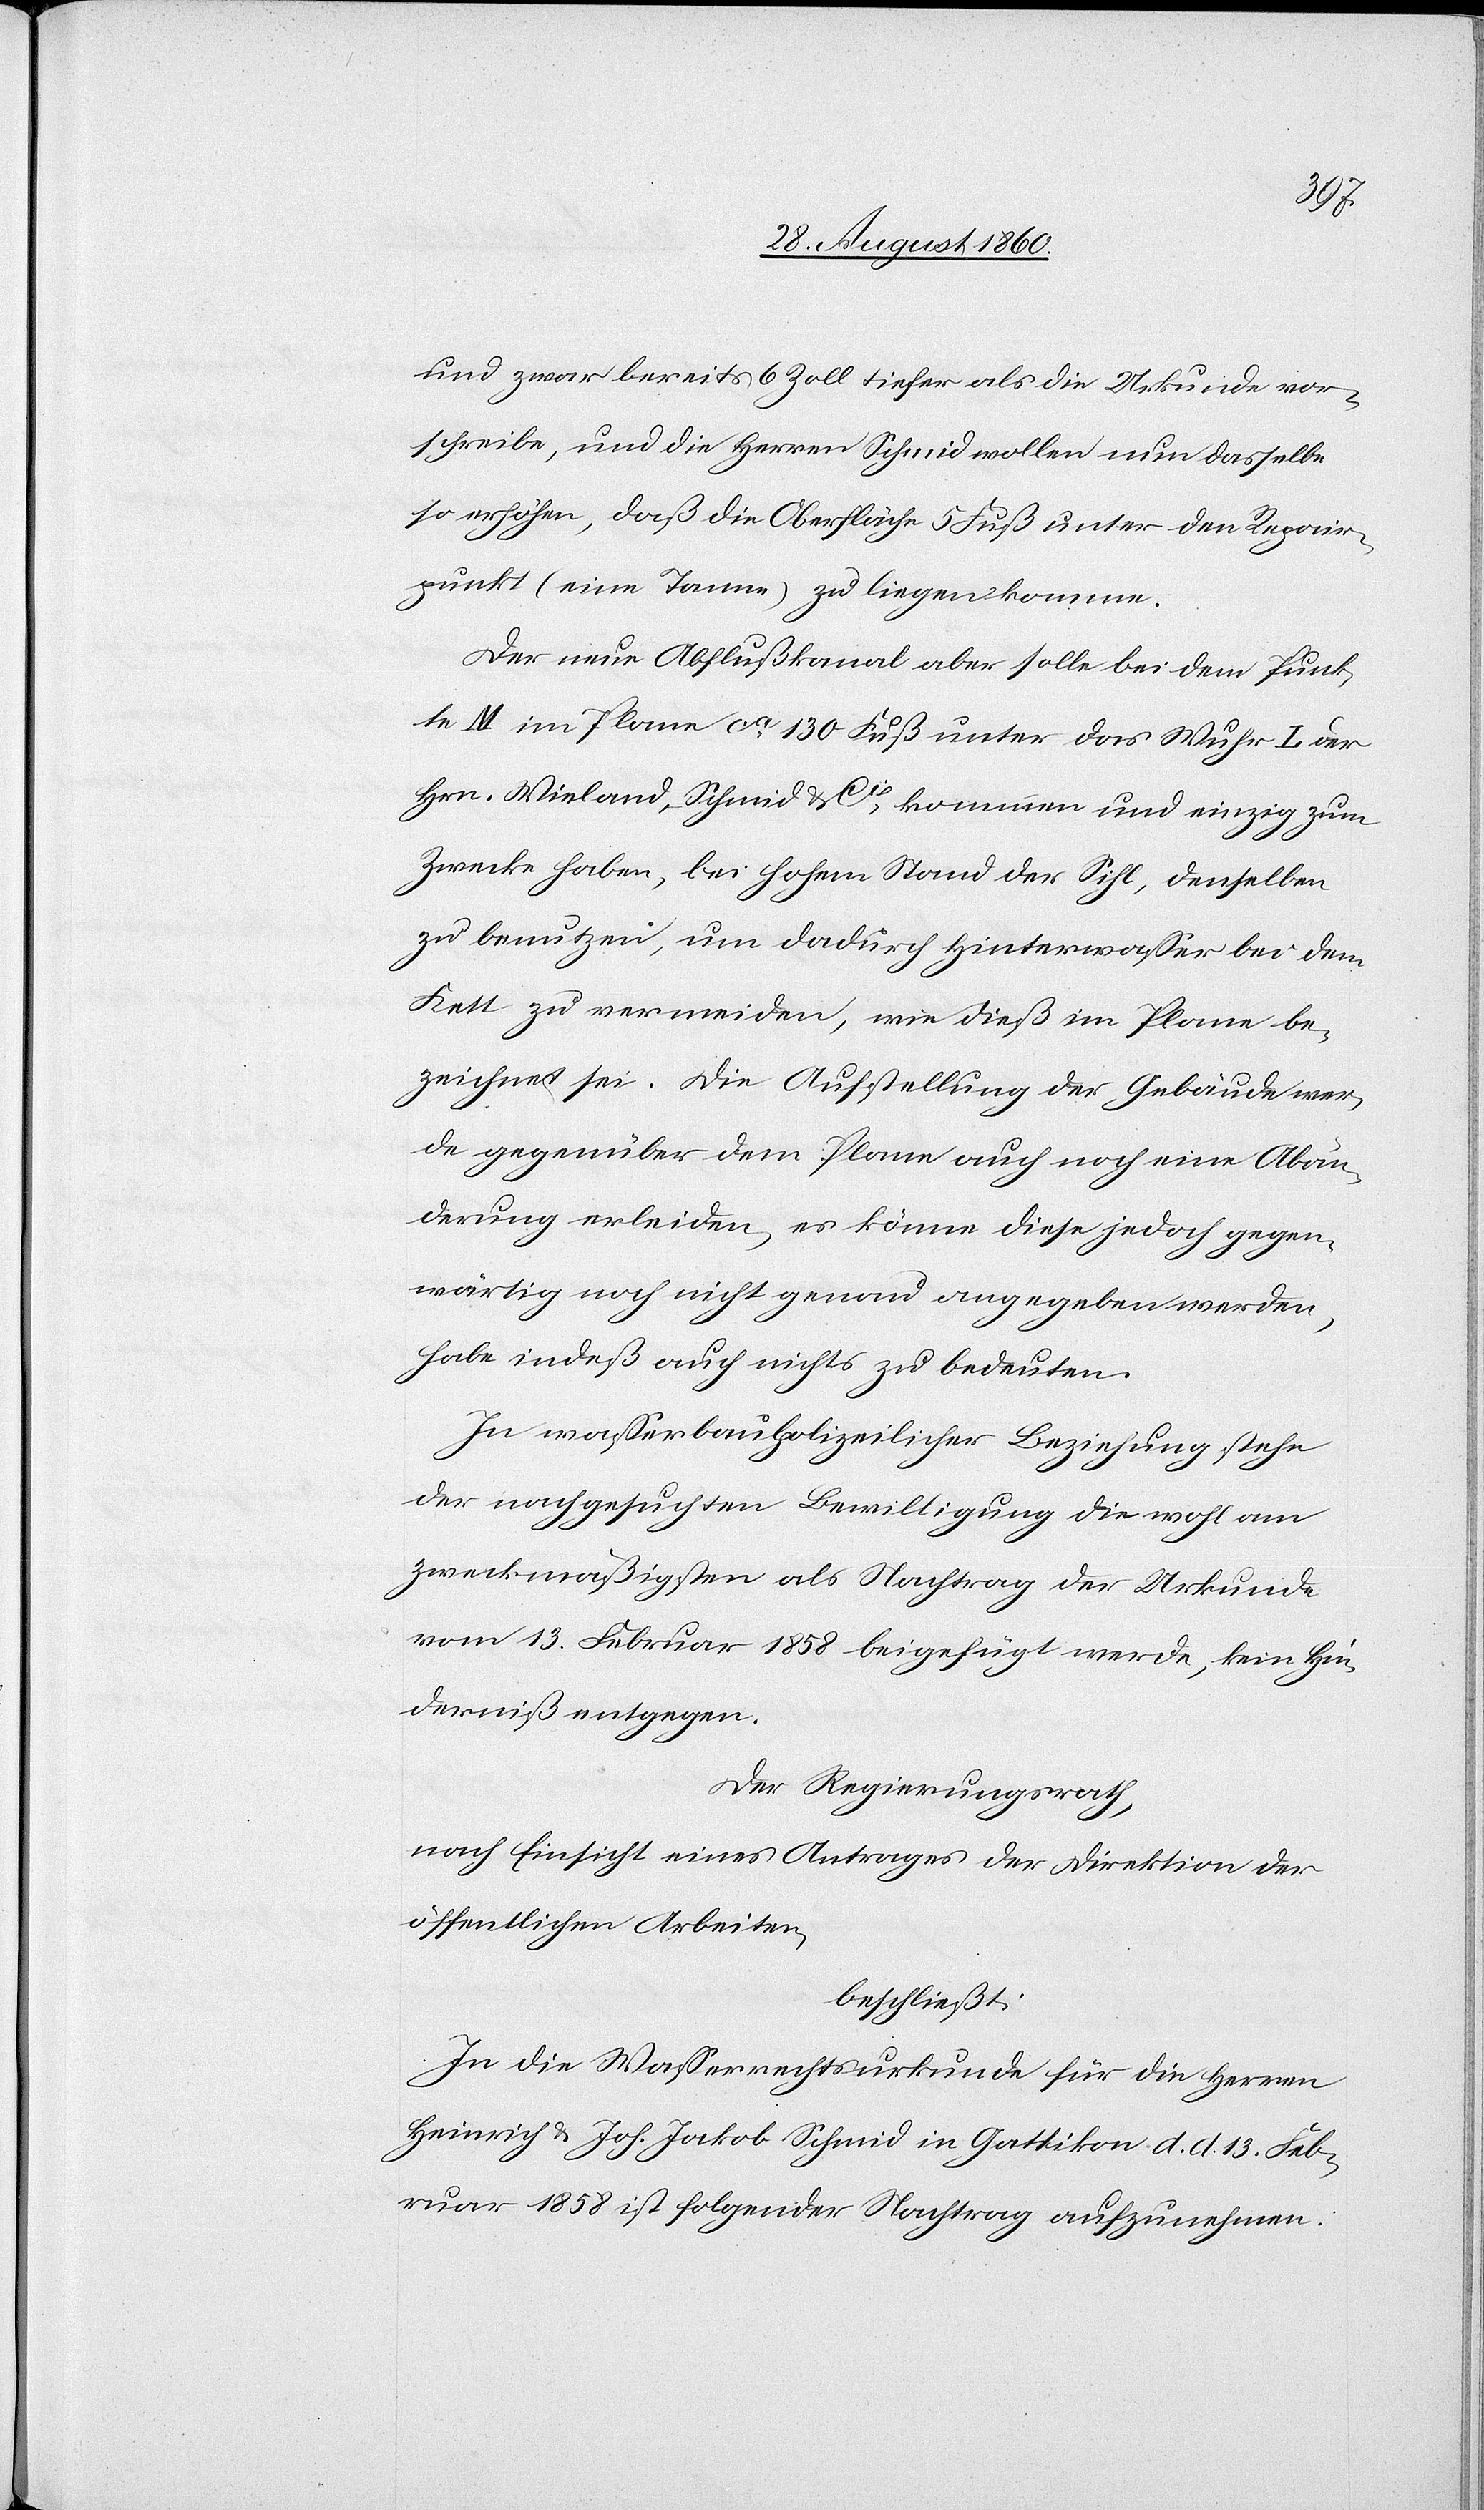
und zwar bereits 6 Zoll tiefer als die Urkunde vor¬
schreibe, und die Hrn. Schmid wollen nun dasselbe
so erhöhen, dass die Oberfläche 5 Fuss unter den Repair¬
punkt (eine Tanne) zu liegen komme;
Der neue Abflusskanal aber solle bei dem Punk¬
te M im Plane ca. 130 Fuss unter das Wuhr I der
Hrn. Wieland, Schmied [sic!] u. Cie kommen u. einzig zum
Zweck haben, bei hohem Stand der Sihl, denselben
zu benutzen, um dadurch Hinterwasser bei dem
Kett zu vermeiden, wie diess im Plane be¬
zeichnet sei. Die Aufstellung der Gebäude wer¬
de gegenüber dem Plane auch noch eine Abän¬
derung erleiden, es könne diese jedoch gegen¬
wärtig noch nicht genau angegeben werden,
habe indess auch nichts zu bedeuten.
In wasserbaupolizeilicher Beziehung stehe
der nachgesuchten Bewilligung, die wohl am
zweckmässigsten als Nachtrag der Urkunde
vom 13. Hornung 1858 beigefügt werde, kein Hin¬
derniss entgegen.
Der Regierungsrath,
nach Einsicht eines Antrages der Direktion der
öffentlichen Arbeiten,
beschliesst:
In die Wasserrechtsurkunde für die Herrn
Heinrich u. Joh. Jakob Schmid in Gattikon d. d. 13. Hor¬
nung 1858 ist folgender Nachtrag aufzunehmen.